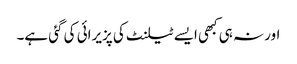
اور نہ ہی کبھی ایسے ٹیلنٹ کی پزیرائی کی گئی ہے۔